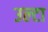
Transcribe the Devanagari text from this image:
उल्‍टा